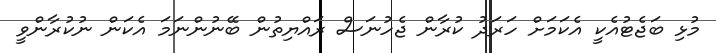
މުޅި ބަޖެޓުއެކީ އެކަމަށް ހަރަދު ކުރާން ޖެހުނަސް ރައްޔިތުން ބޭނުންނަމަ އެކަން ނުކުރާންވީ